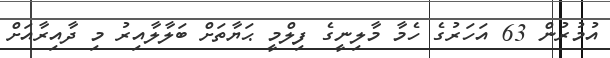
އުމުރުން 63 އަހަރުގެ ހެމާ މާލިނީގެ ފިލްމީ ޙަޔާތަށް ބަލާލާއިރު މި ދާއިރާއަށް